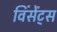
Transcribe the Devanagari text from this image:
विंसेंट्स